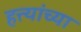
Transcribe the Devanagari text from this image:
हत्त्यांच्या